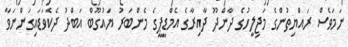
ނަމަވެސް ރައްޔިތުންގެ މަޖިލީހުގެ ދާންދޫ ދާއިރާގެ އެމްޑީޕީގެ މެންބަރު ޔައުގޫބް އަބްދު ދެކެވަޑައިގަންނަވާ